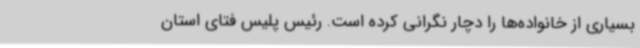
بسیاری از خانواده‌ها را دچار نگرانی کرده است. رئیس پلیس فتای استان